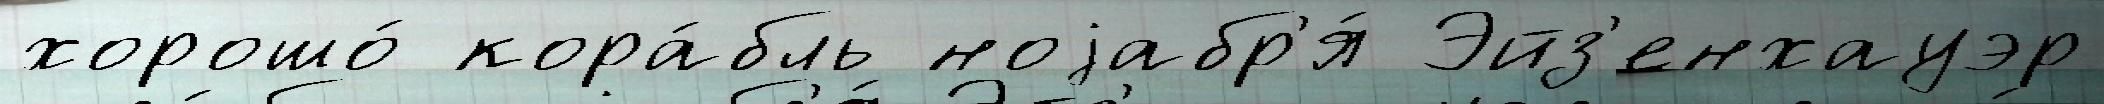
хорошо́ кора́бль ноjабр'я́ Эйз'енхауэр